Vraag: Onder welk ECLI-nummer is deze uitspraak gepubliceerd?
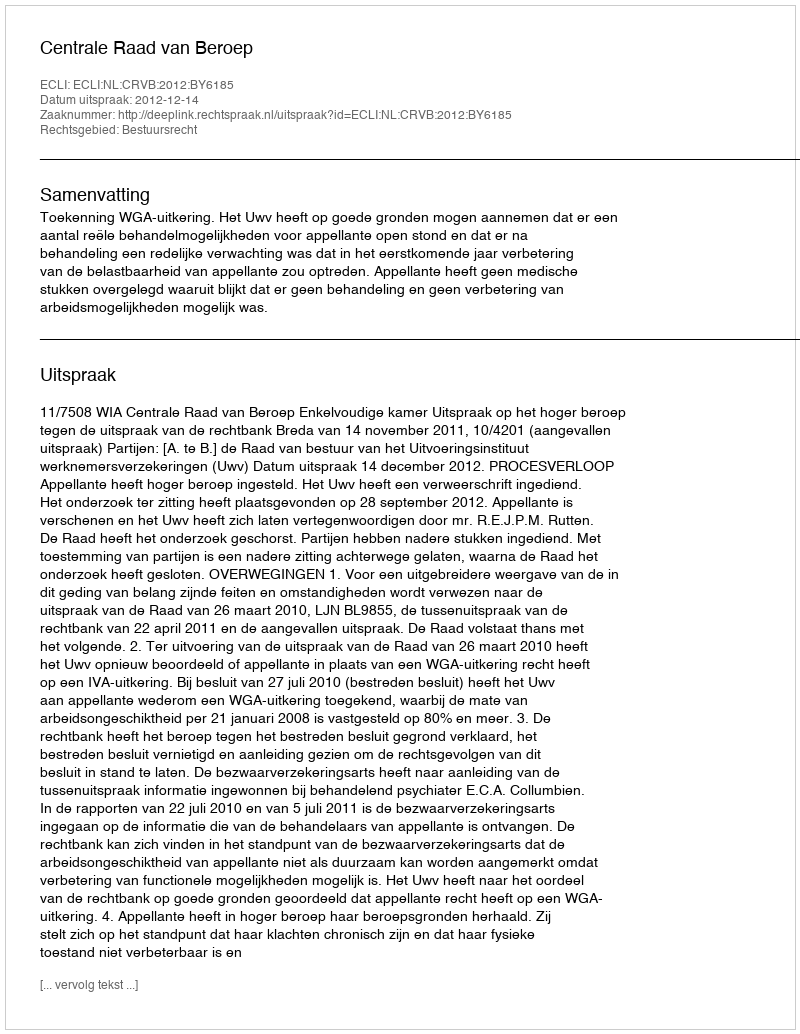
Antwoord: ECLI:NL:CRVB:2012:BY6185